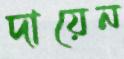
দায়েন